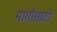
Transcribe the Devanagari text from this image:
मार्गांसाठी